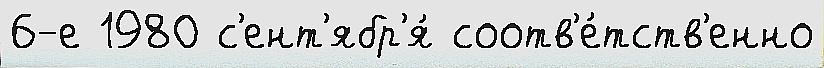
6-е 1980 с'ент'ябр'я́ соотв'е́тств'енно